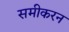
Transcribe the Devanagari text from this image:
समीकरन